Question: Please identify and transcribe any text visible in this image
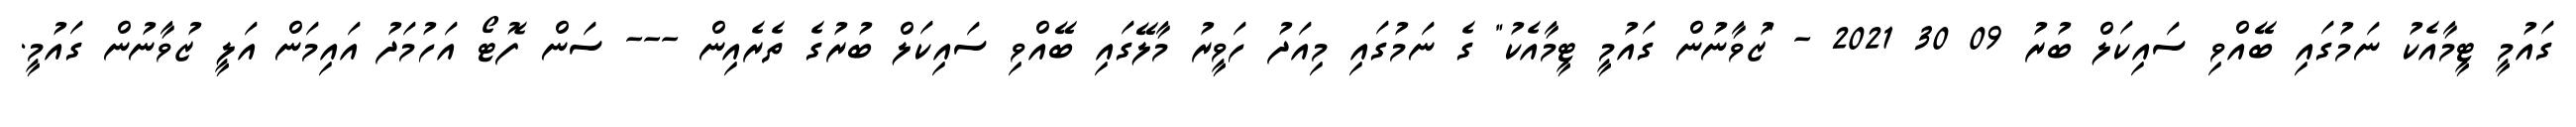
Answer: ގައުމީ ޓީމާއެކު ނަމުގައި ބޭއްވި ސައިކަލް ބުރު 09 30 2021 - "ޒުވާނުން ގައުމީ ޓީމާއެކު" ގެ ނަމުގައި މިއަދު ހަވީރު މާލޭގައި ބޭއްވި ސައިކަލް ބުރުގެ ތެރެއިން --- ސަން ފޮޓޯ އަހުމަދު އައިމަން އަލީ ޒުވާނުން ގައުމީ.